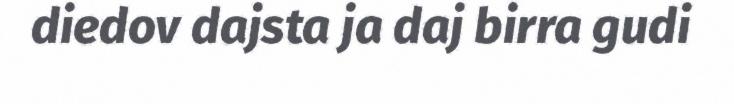
diedov dajsta ja daj birra gudi